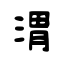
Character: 渭